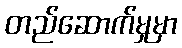
တည်ဆောက်မှုမှာ